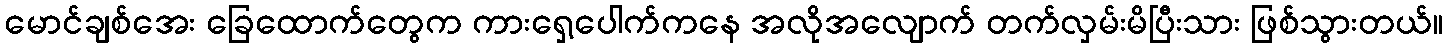
မောင်ချစ်အေး ခြေထောက်တွေက ကားရှေ့ပေါက်ကနေ အလိုအလျောက် တက်လှမ်းမိပြီးသား ဖြစ်သွားတယ်။